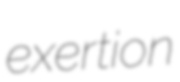
exertion